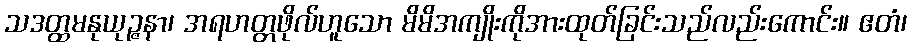
သဒတ္ထမနုယုဉ္ဇနာ၊ အရဟတ္တဖိုလ်ဟူသော မိမိအကျိုးကိုအားထုတ်ခြင်းသည်လည်းကောင်း။ ဧတံ၊